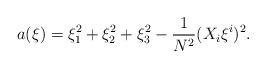
LaTeX: \begin{align*} a(\xi)=\xi_1^2+\xi_2^2+\xi_3^2-\frac{1}{N^2}(X_i\xi^i)^2. \end{align*}